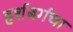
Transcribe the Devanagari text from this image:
हर्शबर्गचा